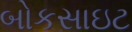
બોકસાઇટ